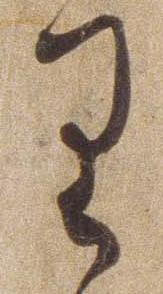
り